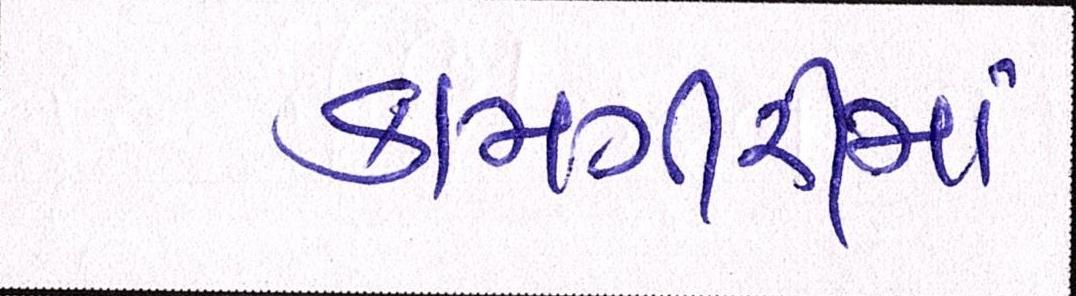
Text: કામગીરીમાં